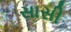
સાસી